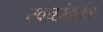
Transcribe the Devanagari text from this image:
स्वच्छंदतंत्र